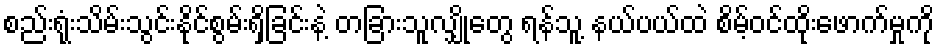
စည်းရုံးသိမ်းသွင်းနိုင်စွမ်းရှိခြင်းနဲ့ တခြားသူလျှိုတွေ ရန်သူ့ နယ်ပယ်ထဲ စိမ့်ဝင်ထိုးဖောက်မှုကို